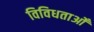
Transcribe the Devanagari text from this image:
विविधताओँ